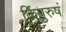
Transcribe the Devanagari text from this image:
किंपुरुषं